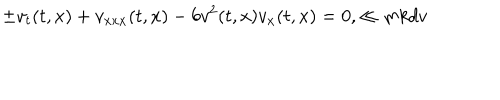
\pm v _ { t } ( t , x ) + v _ { x x x } ( t , x ) - 6 v ^ { 2 } ( t , x ) v _ { x } ( t , x ) = 0 , \ll { m k d v }